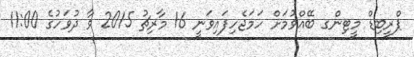
ޕްރީބިޑް މީޓިންގ ބޭއްވުމަށް ހަމަޖެހިފައިވަނީ 16 މާރިޗު 2015 ވާ ދުވަހުގެ 11:00